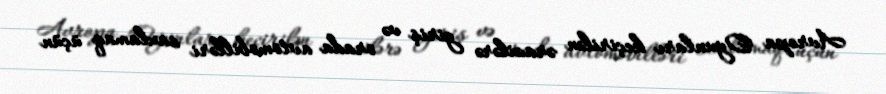
Avropa Oyunları keçirilən ərazilərə giriş və orada avtomobilləri saxlamaq üçün